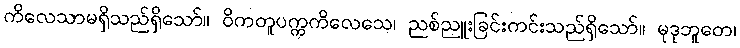
ကိလေသာမရှိသည်ရှိသော်။ ဝိကတူပက္ကကိလေသေ၊ ညစ်ညူးခြင်းကင်းသည်ရှိသော်။ မုဒုဘူတေ၊